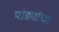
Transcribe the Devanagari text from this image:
पांड्यांचा